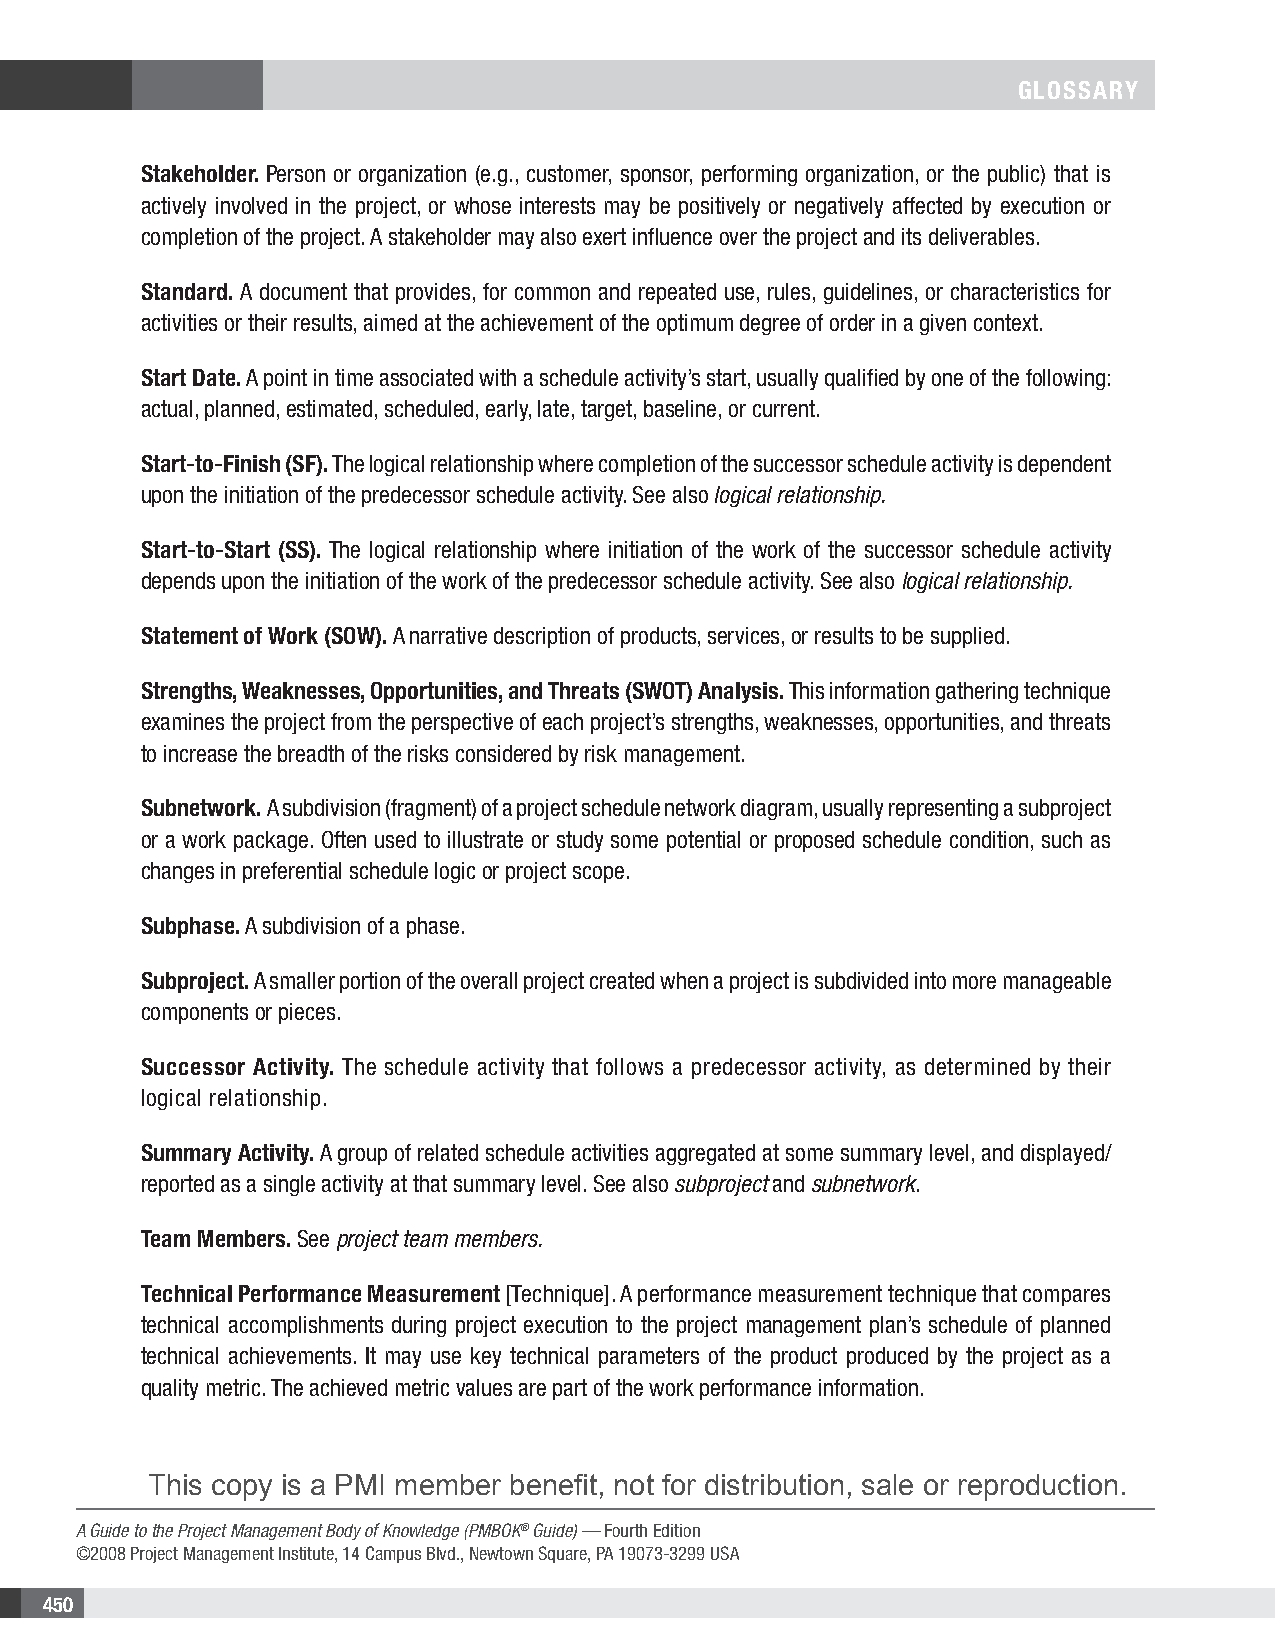
GLOSSARY
 Stakeholder. Person or organization (e.g., customer, sponsor, performing organization, or the public) that is
 actively involved in the project, or whose interests may be positively or negatively affected by execution or
 completion of the project. A stakeholder may also exert influence over the project and its deliverables.
 Standard. A document that provides, for common and repeated use, rules, guidelines, or characteristics for
 activities or their results, aimed at the achievement of the optimum degree of order in a given context.
 Start Date. A point in time associated with a schedule activity’s start, usually qualified by one of the following:
 actual, planned, estimated, scheduled, early, late, target, baseline, or current.
 Start-to-Finish (SF). The logical relationship where completion of the successor schedule activity is dependent
 upon the initiation of the predecessor schedule activity. See also logical relationship.
 Start-to-Start (SS). The logical relationship where initiation of the work of the successor schedule activity
 depends upon the initiation of the work of the predecessor schedule activity. See also logical relationship.
 Statement of Work (SOW). A narrative description of products, services, or results to be supplied.
 Strengths, Weaknesses, Opportunities, and Threats (SWOT) Analysis. This information gathering technique
 examines the project from the perspective of each project’s strengths, weaknesses, opportunities, and threats
 to increase the breadth of the risks considered by risk management.
 Subnetwork. A subdivision (fragment) of a project schedule network diagram, usually representing a subproject
 or a work package. Often used to illustrate or study some potential or proposed schedule condition, such as
 changes in preferential schedule logic or project scope.
 Subphase. A subdivision of a phase.
 Subproject. A smaller portion of the overall project created when a project is subdivided into more manageable
 components or pieces.
 Successor Activity. The schedule activity that follows a predecessor activity, as determined by their
 logical relationship.
 Summary Activity. A group of related schedule activities aggregated at some summary level, and displayed/
 reported as a single activity at that summary level. See also subproject and subnetwork.
 Team Members. See project team members.
 Technical Performance Measurement [Technique]. A performance measurement technique that compares
 technical accomplishments during project execution to the project management plan’s schedule of planned
 technical achievements. It may use key technical parameters of the product produced by the project as a
 quality metric. The achieved metric values are part of the work performance information.
 This copy is a PMI member benefit, not for distribution, sale or reproduction.
 A Guide to the Project Management Body of Knowledge (PMBOK® Guide) — Fourth Edition
 ©2008 Project Management Institute, 14 Campus Blvd., Newtown Square, PA 19073-3299 USA
 450